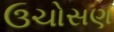
ઉચોસણ